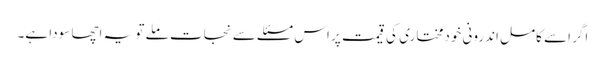
اگر اسے کامل اندرونی خودمختاری کی قیمت پر اس مسئلے سے نجات ملے تو یہ اچھا سودا ہے۔